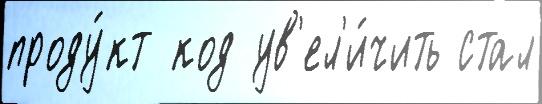
проду́кт код ув'ел'и́чить стал